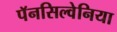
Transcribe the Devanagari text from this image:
पॅनसिल्वेनिया